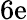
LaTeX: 6\mathrm{e}